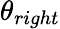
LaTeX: \theta_{right}